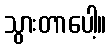
သွားတာပေါ့။